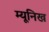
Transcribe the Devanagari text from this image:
म्‍यूनिख